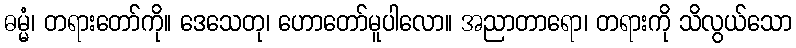
ဓမ္မံ၊ တရားတော်ကို။ ဒေသေတု၊ ဟောတော်မူပါလော။ အညာတာရော၊ တရားကို သိလွယ်သော